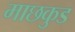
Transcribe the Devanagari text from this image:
माछकुड